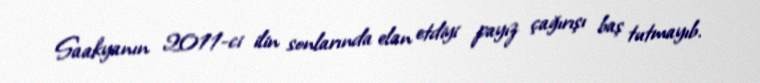
Saakyanın 2011-ci ilin sonlarında elan etdiyi payız çağırışı baş tutmayıb.